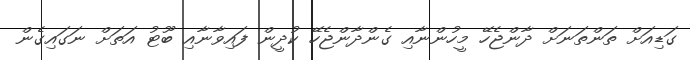
ގަޑިއަށް ތަންތަނަށް ދާންޖެހޭ މީހުންނާއި ގެންދާންޖެހޭ ކުދީން ފައިވާނާއި ބޫޓު އަތަށް ނަގައިގެން